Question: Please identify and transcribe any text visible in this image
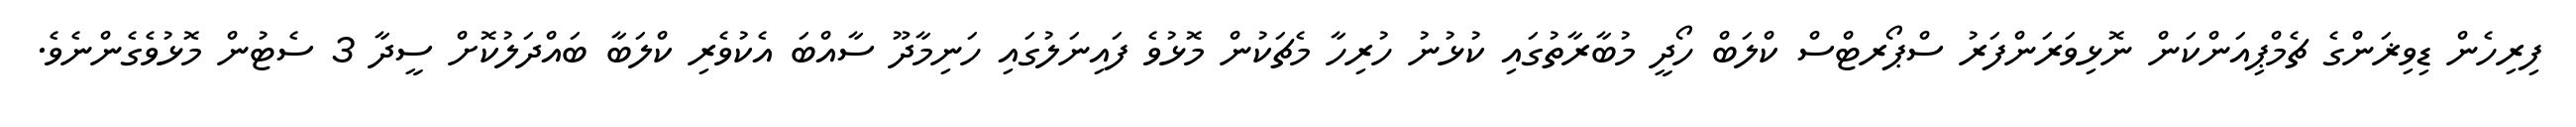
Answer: ފިރިހެން ޑިވިޜަންގެ ޗެމްޕިއަންކަން ނޮޅިވަރަންފަރު ސްޕޯރޓްސް ކްލަބް ހޯދީ މުބާރާތުގައި ކުޅުނު ހުރިހާ މެޗަކުން މޮޅުވެ ފައިނަލުގައި ހަނިމާދޫ ސާއްބަ އެކުވެރި ކްލަބާ ބައްދަލުކޮށް ސީދާ 3 ސެޓުން މޮޅުވެގެންނެވެ.